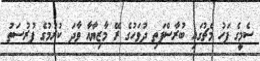
ސެމީގެ ފަހު މެޗުގައި ބުރާސްފަތި ދުވަހުގެ ރޭ މާޒިޔާއާ ވާދަ ކުރުމުގެ ފުރުސަތު